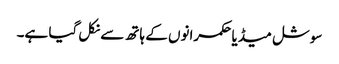
سوشل میڈیا حکمرانوں کے ہاتھ سے نکل گیا ہے۔